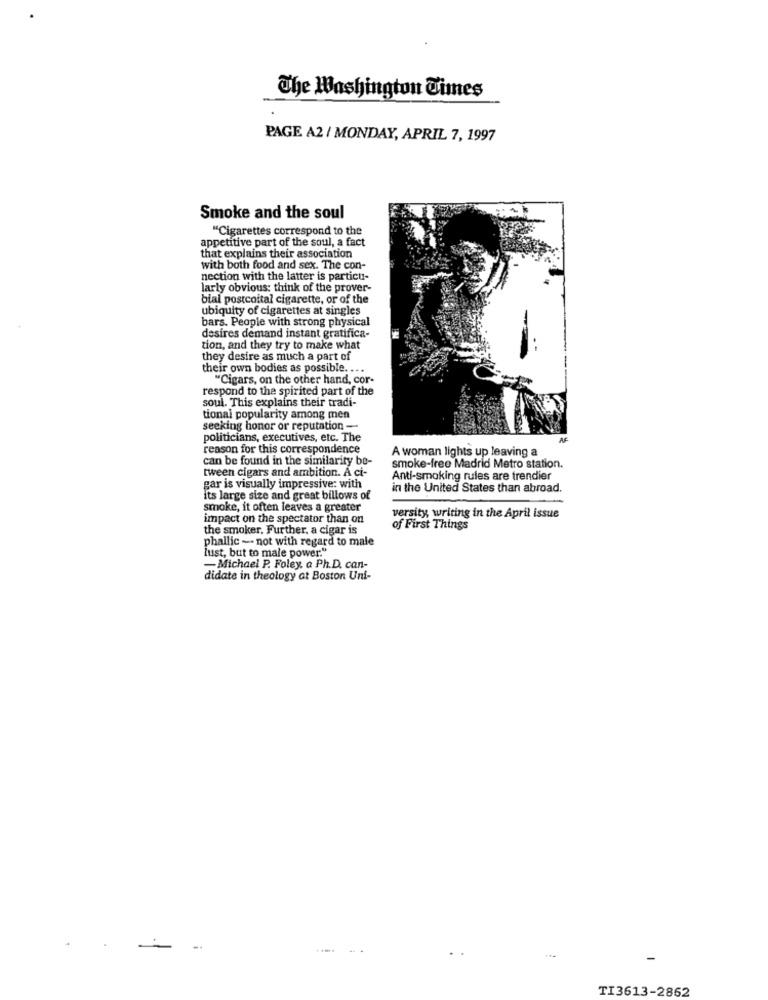
The Washington Times
PAGE A2 / MONDAY, APRIL 7, 1997
Smoke and the soul
"Cigarettes correspond to the
appetitive part of the soul, a fact
that explains their association
with both food and sex. The con-
nection with the latter is particu-
larly obvious: think of the prover-
bial postcoital cigarette, or of the
ubiquity of cigarettes at singles
bars. People with strong physical
desires demand instant gratifica-
tion, and they try to make what
they desire as much a part of
their own bodies as possible. ...
"Cigars, on the other hand, cor-
respond to the spirited part of the
soul. This explains their tradi-
tional popularity among men
seeking honor or reputation -
politicians, executives, etc. The
reason for this correspondence
A woman lights up leaving a
can be found in the similarity be-
tween cigars and ambition. A ci-
smoke-free Madrid Metro station.
Anti-smoking rules are trendier
gar is visually impressive: with
in the United States than abroad.
its large size and great billows of
smoke, it often leaves a greater
impact on the spectator than on
versity, writing in the April issue
the smoker, Further, a cigar is
of First Things
phallic - not with regard to male
lust, but to male power."
-Michael P. Foley, a Ph.D. can-
didate in theology at Boston Uni-
-.
-
TI3613-2862